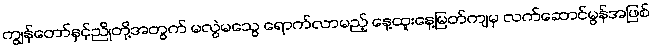
ကျွန်တော်နှင့်ညိုတို့အတွက် မလွဲမသွေ ရောက်လာမည့် နေ့ထူးနေ့မြတ်ကျမှ လက်ဆောင်မွန်အဖြစ်